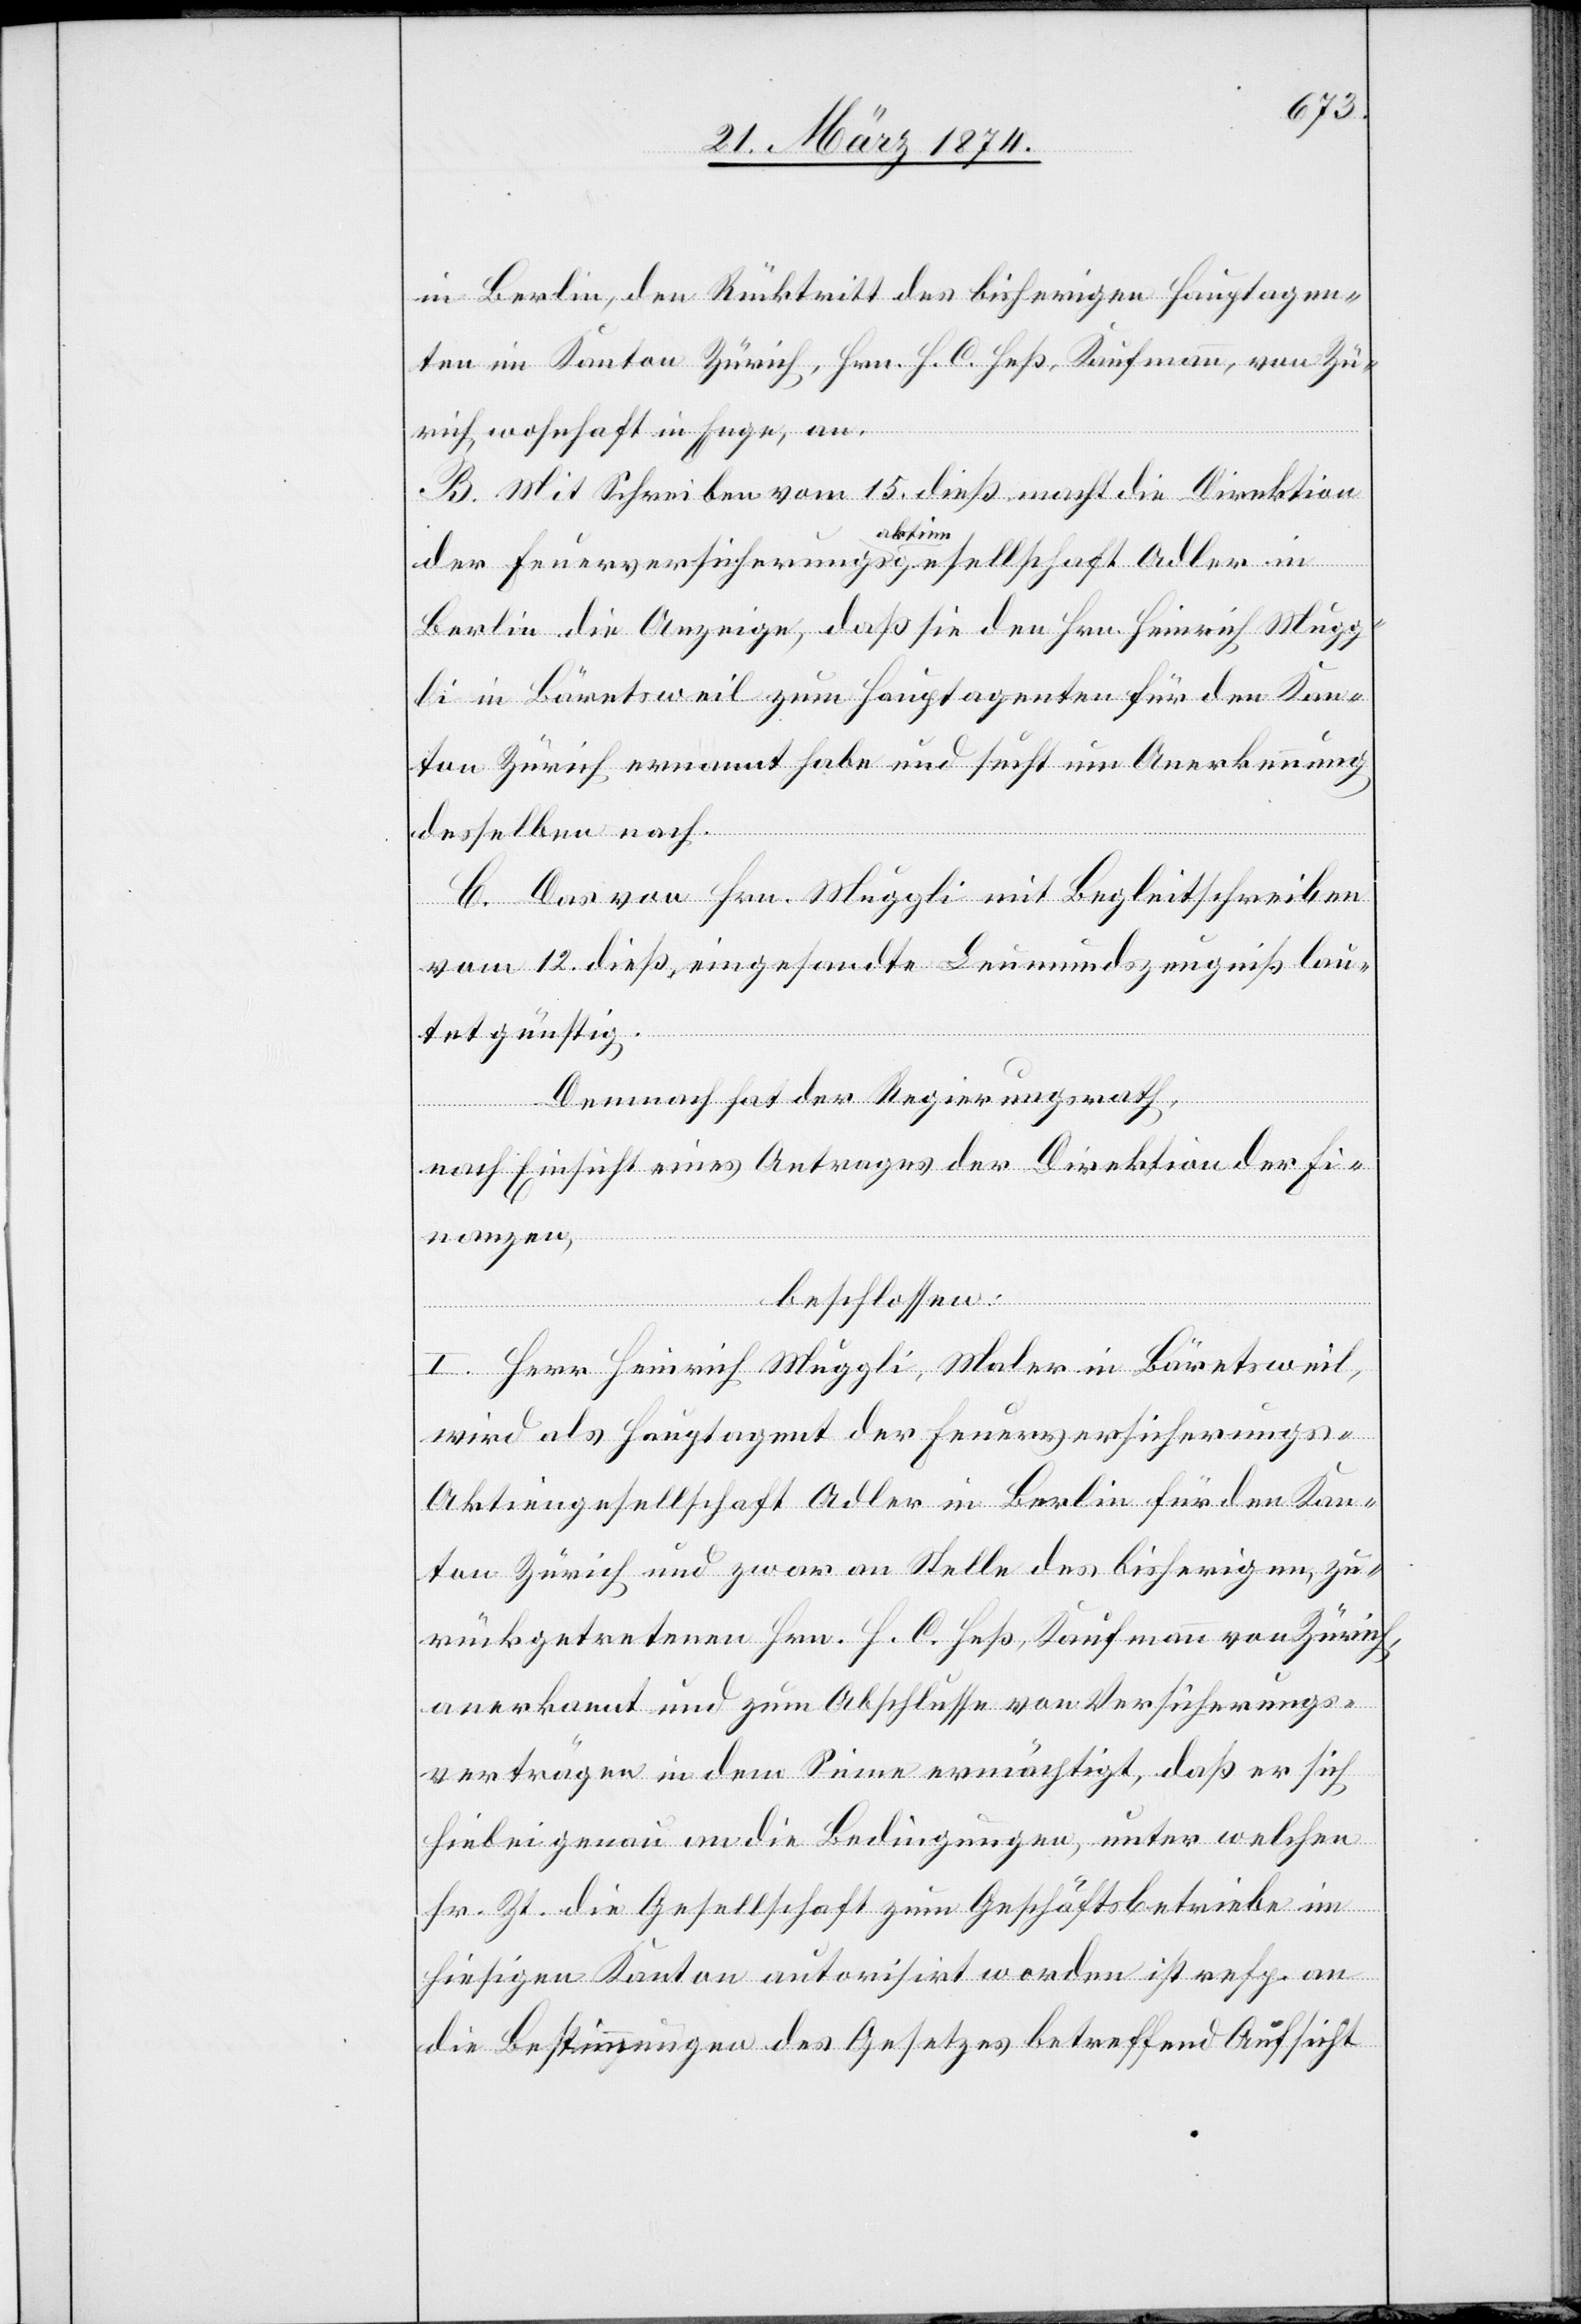
in Berlin, den Rücktritt des bisherigen Hauptagen¬
ten im Kanton Zürich, Hrn. H. C. Heß, Kaufmann, von Zü¬
rich, wohnhaft in Enge, an.
B. Mit Schreiben vom 15. dieß macht die Direktion
der Feuerversicherungsaktiengesellschaft Adler in
Berlin die Anzeige, daß sie den Hrn. Heinrich Mugg¬
li in Bäretsweil zum Hauptagenten für den Kan¬
ton Zürich ernannt habe und sucht um Anerkennung
desselben nach.
C. Das von Hrn. Muggli mit Begleitschreiben
vom 12. dieß eingesandte Leumundszeugniß lau¬
tet günstig.
Demnach hat der Regierungsrath,
nach Einsicht eines Antrages der Direktion der Fi¬
nanzen,
beschlossen:
I. Herr Heinrich Muggli, Maler in Bäretsweil,
wird als Hauptagent der Feuerversicherungs-A¬
ktiengesellschaft Adler in Berlin für den Kan¬
ton Zürich und zwar an Stelle des bisherigen, zu¬
rückgetretenen Hrn. H. C. Heß, Kaufmann von Zürich,
anerkannt und zum Abschlusse von Versicherungs¬
verträgen in dem Sinne ermächtigt, daß er sich
hiebei genau an die Bedingungen, unter welchen
sr. Zt. die Gesellschaft zum Geschäftsbetriebe im
hiesigen Kanton autorisirt worden ist resp. an
die Bestimmungen des Gesetzes betreffend Aufsicht